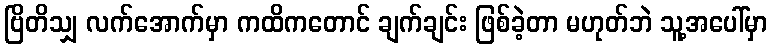
ဗြိတိသျှ လက်အောက်မှာ ကထိကတောင် ချက်ချင်း ဖြစ်ခဲ့တာ မဟုတ်ဘဲ သူ့အပေါ်မှာ